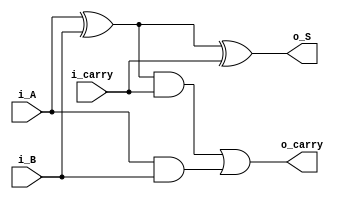
module full_adder(
  input  wire i_A ,    // Input A
  input  wire i_B ,    // Input B
  input  wire i_carry, // Input carry
  output wire o_S,     // Output sum
  output wire o_carry  // Output carry
);

  assign o_S = (i_A ^ i_B) ^ i_carry;  // Compute the sum output
  assign o_carry = ((i_A ^ i_B) & i_carry) | (i_A & i_B);  // Compute the carry output

endmodule

module n_bit_adder #(
  parameter WIDTH = 4
)(
  input  wire [WIDTH-1:0] i_A ,      // Input A
  input  wire [WIDTH-1:0] i_B ,      // Input B
  output wire [WIDTH-1:0] o_S        // Output sum
);

  wire [WIDTH:0]   i_carry;         // Declare an array of wires for carry input to each full adder
  wire [WIDTH-1:0] o_carry;         // Declare an array of wires for carry output from each full adder
  
  // Initialize the first element of the i_carry array to 0
  assign i_carry[0] = 1'b0;
  
  // Generate a chain of full adders using a for loop
  genvar i;
  generate 
    for (i = 0; i < WIDTH; i = i+1) begin: full_adder_chain
      // Instantiate a full adder module
      full_adder full_adder_i (
        .i_A(i_A[i]),
        .i_B(i_B[i]),
        .i_carry(i_carry[i]),
        .o_S(o_S[i]),
        .o_carry(o_carry[i])
      );
      
      // Connect the carry output of the current full adder to the carry input of the next full adder
      assign i_carry[i+1] = o_carry[i];
    end
  endgenerate
  
  // Assign the carry output of the last full adder to the output carry
  assign o_carry = o_carry[WIDTH-1];
  
endmodule